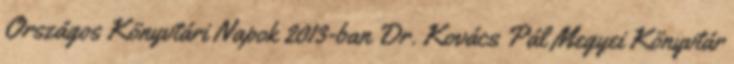
Országos Könyvtári Napok 2013-ban Dr. Kovács Pál Megyei Könyvtár